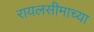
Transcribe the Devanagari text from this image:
रायलसीमाच्या